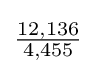
{\tfrac {12,136}{4,455}}